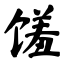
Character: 馐